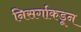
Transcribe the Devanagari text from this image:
निसर्गाकडून